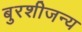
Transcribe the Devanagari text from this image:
बुरशीजन्य